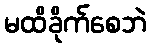
မထိခိုက်စေဘဲ